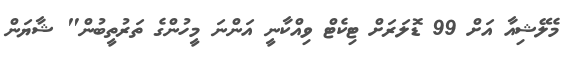
މެލޭޝިއާ އަށް 99 ޑޮލަރަށް ޓިކެޓް ވިއްކާނީ އަންނަ މީހުންގެ ތަރުތީބުން" ޝާޔަން